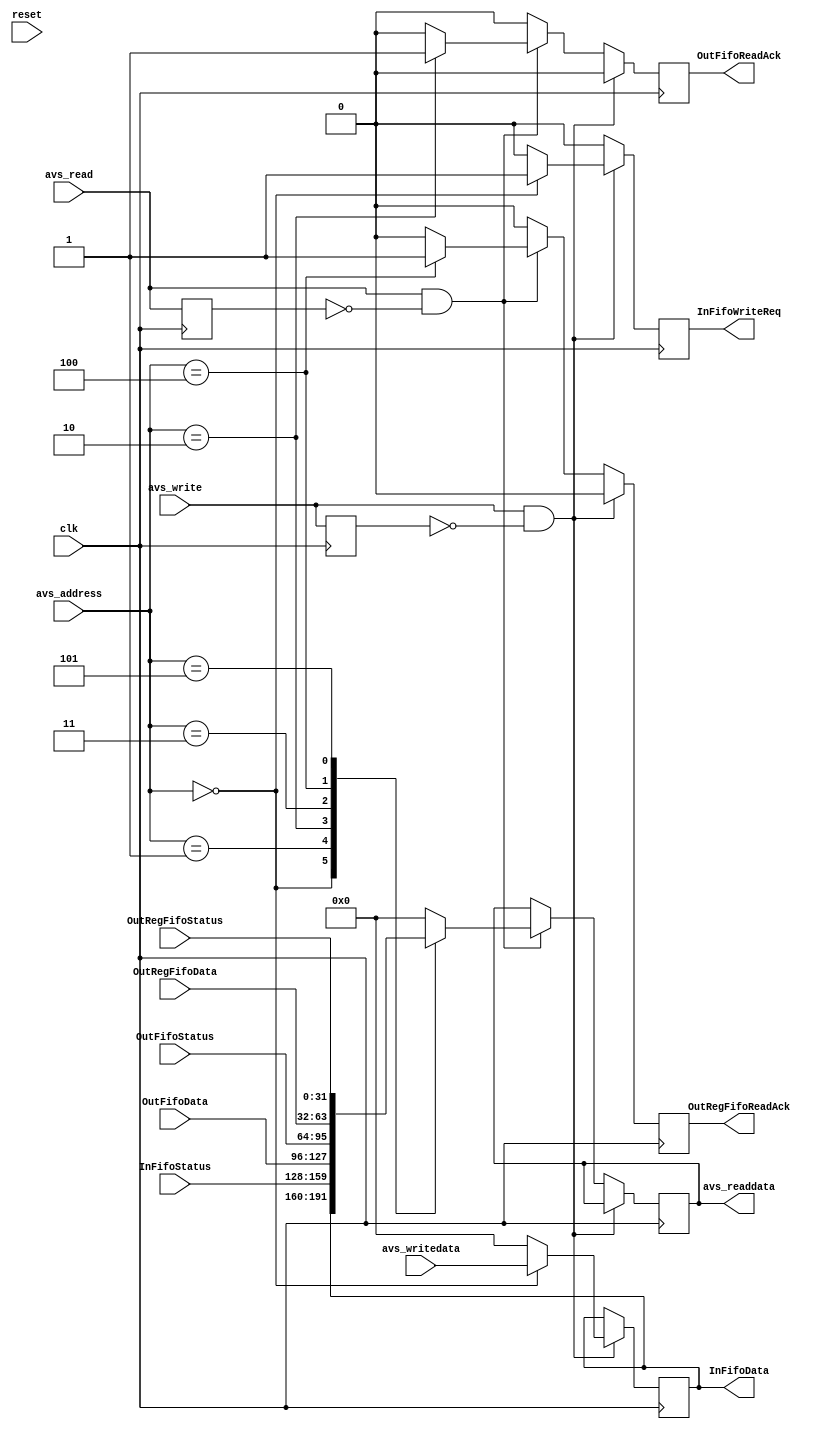


module IOFifosControl (
  input clk,
  input reset,

  input      [31:0] avs_writedata,
  output reg [31:0] avs_readdata,
  input      [2:0]  avs_address,
  input             avs_read,
  input             avs_write,

  output [31:0] InFifoData,
  output        InFifoWriteReq,
  input  [31:0] InFifoStatus,
  input  [31:0] OutFifoData,
  output        OutFifoReadAck,
  input  [31:0] OutFifoStatus,
  input  [31:0] OutRegFifoData,
  output        OutRegFifoReadAck,
  input  [31:0] OutRegFifoStatus

);

reg avs_writeold;
reg avs_readold;
reg [31:0] InFifoData_reg;
reg        InFifoWriteReq_reg;
reg        OutFifoReadAck_reg;
reg        OutRegFifoReadAck_reg;

assign InFifoData = InFifoData_reg;
assign InFifoWriteReq = InFifoWriteReq_reg;
assign OutFifoReadAck = OutFifoReadAck_reg;

assign OutRegFifoReadAck = OutRegFifoReadAck_reg;

always @(posedge clk) begin
    if ( (avs_write==1) && (avs_writeold==0) )begin
		OutFifoReadAck_reg <= 0;
		OutRegFifoReadAck_reg <= 0;
      case (avs_address)
            3'b000: begin			    // address 0 is the InFifo DATA
 			     InFifoWriteReq_reg <= 1;    // this is the only writable address
              InFifoData_reg <= avs_writedata;
            end
            default: begin
 			     InFifoWriteReq_reg <= 0;
              InFifoData_reg <= 32'd0;
            end
      endcase
    end
	 else if ( (avs_read==1) && (avs_readold==0) )begin
		InFifoWriteReq_reg <= 0;
 	   OutFifoReadAck_reg <= 0;
 	   OutRegFifoReadAck_reg <= 0;
      case (avs_address)
            3'b000: begin  // address 0 is the InFifo DATA
			     avs_readdata <= InFifoData_reg;
			   end 
            3'b001: begin  // address 1 is the InFifo Status
			     avs_readdata <= InFifoStatus;
			   end 
            3'b010: begin  // address 2 is the OutFifo DATA
			     avs_readdata <= OutFifoData;
				  OutFifoReadAck_reg <= 1;
			   end 
            3'b011: begin  // address 3 is the OutFifo Status
			     avs_readdata <= OutFifoStatus;
			   end 
            3'b100: begin  // address 4 is the OutRegFifo DATA
			     avs_readdata <= OutRegFifoData;
				  OutRegFifoReadAck_reg <= 1;
			   end 
            3'b101: begin  // address 5 is the OutRegFifo Status
			     avs_readdata <= OutRegFifoStatus;
			   end 
            default: avs_readdata <= 32'd0;
      endcase
    end
	 else begin
		InFifoWriteReq_reg <= 0;
		OutFifoReadAck_reg <= 0;
		OutRegFifoReadAck_reg <= 0;
    end
	 avs_readold <= avs_read;
	 avs_writeold <= avs_write;
end

endmodule